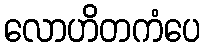
လောဟိတကံပေ